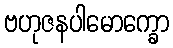
ဗဟုဇနပါမောက္ခော